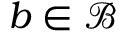
b \in { \mathcal { B } }